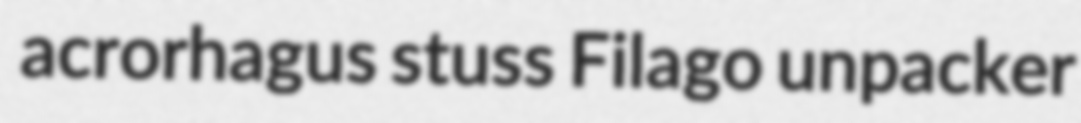
acrorhagus stuss Filago unpacker